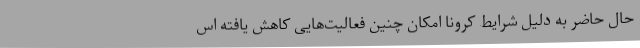
حال حاضر به دلیل شرایط کرونا امکان چنین فعالیت‌هایی کاهش یافته اس